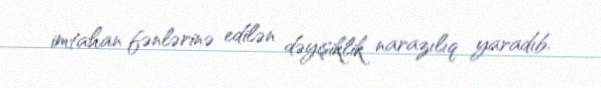
imtahan fənlərinə edilən dəyişiklik narazılıq yaradıb.